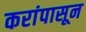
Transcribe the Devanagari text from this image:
करांपासून